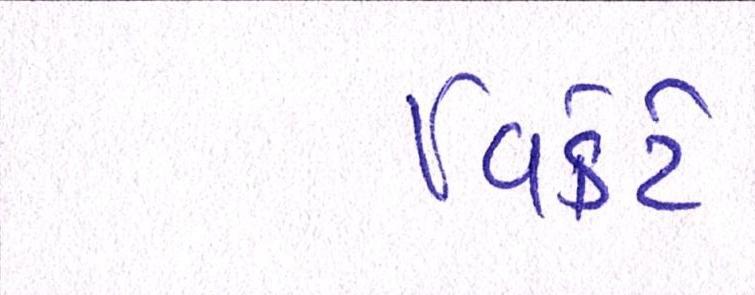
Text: વિકેટે